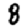
Digit: 8